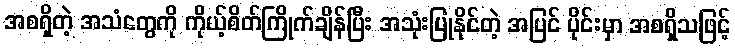
အစရှိတဲ့ အသံတွေကို ကိုယ့်စိတ်ကြိုက်ချိန်ပြီး အသုံးပြုနိုင်တဲ့ အပြင် ပိုင်းမှာ အစရှိသဖြင့်